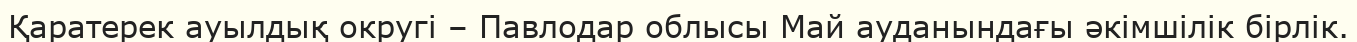
Қаратерек ауылдық округі – Павлодар облысы Май ауданындағы әкімшілік бірлік.